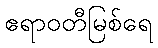
ဧရာဝတီမြစ်ရေ